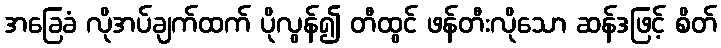
အခြေခံ လိုအပ်ချက်ထက် ပိုလွန်၍ တီထွင် ဖန်တီးလိုသော ဆန်ဒဖြင့် စိတ်